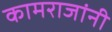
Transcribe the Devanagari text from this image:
कामराजांनी